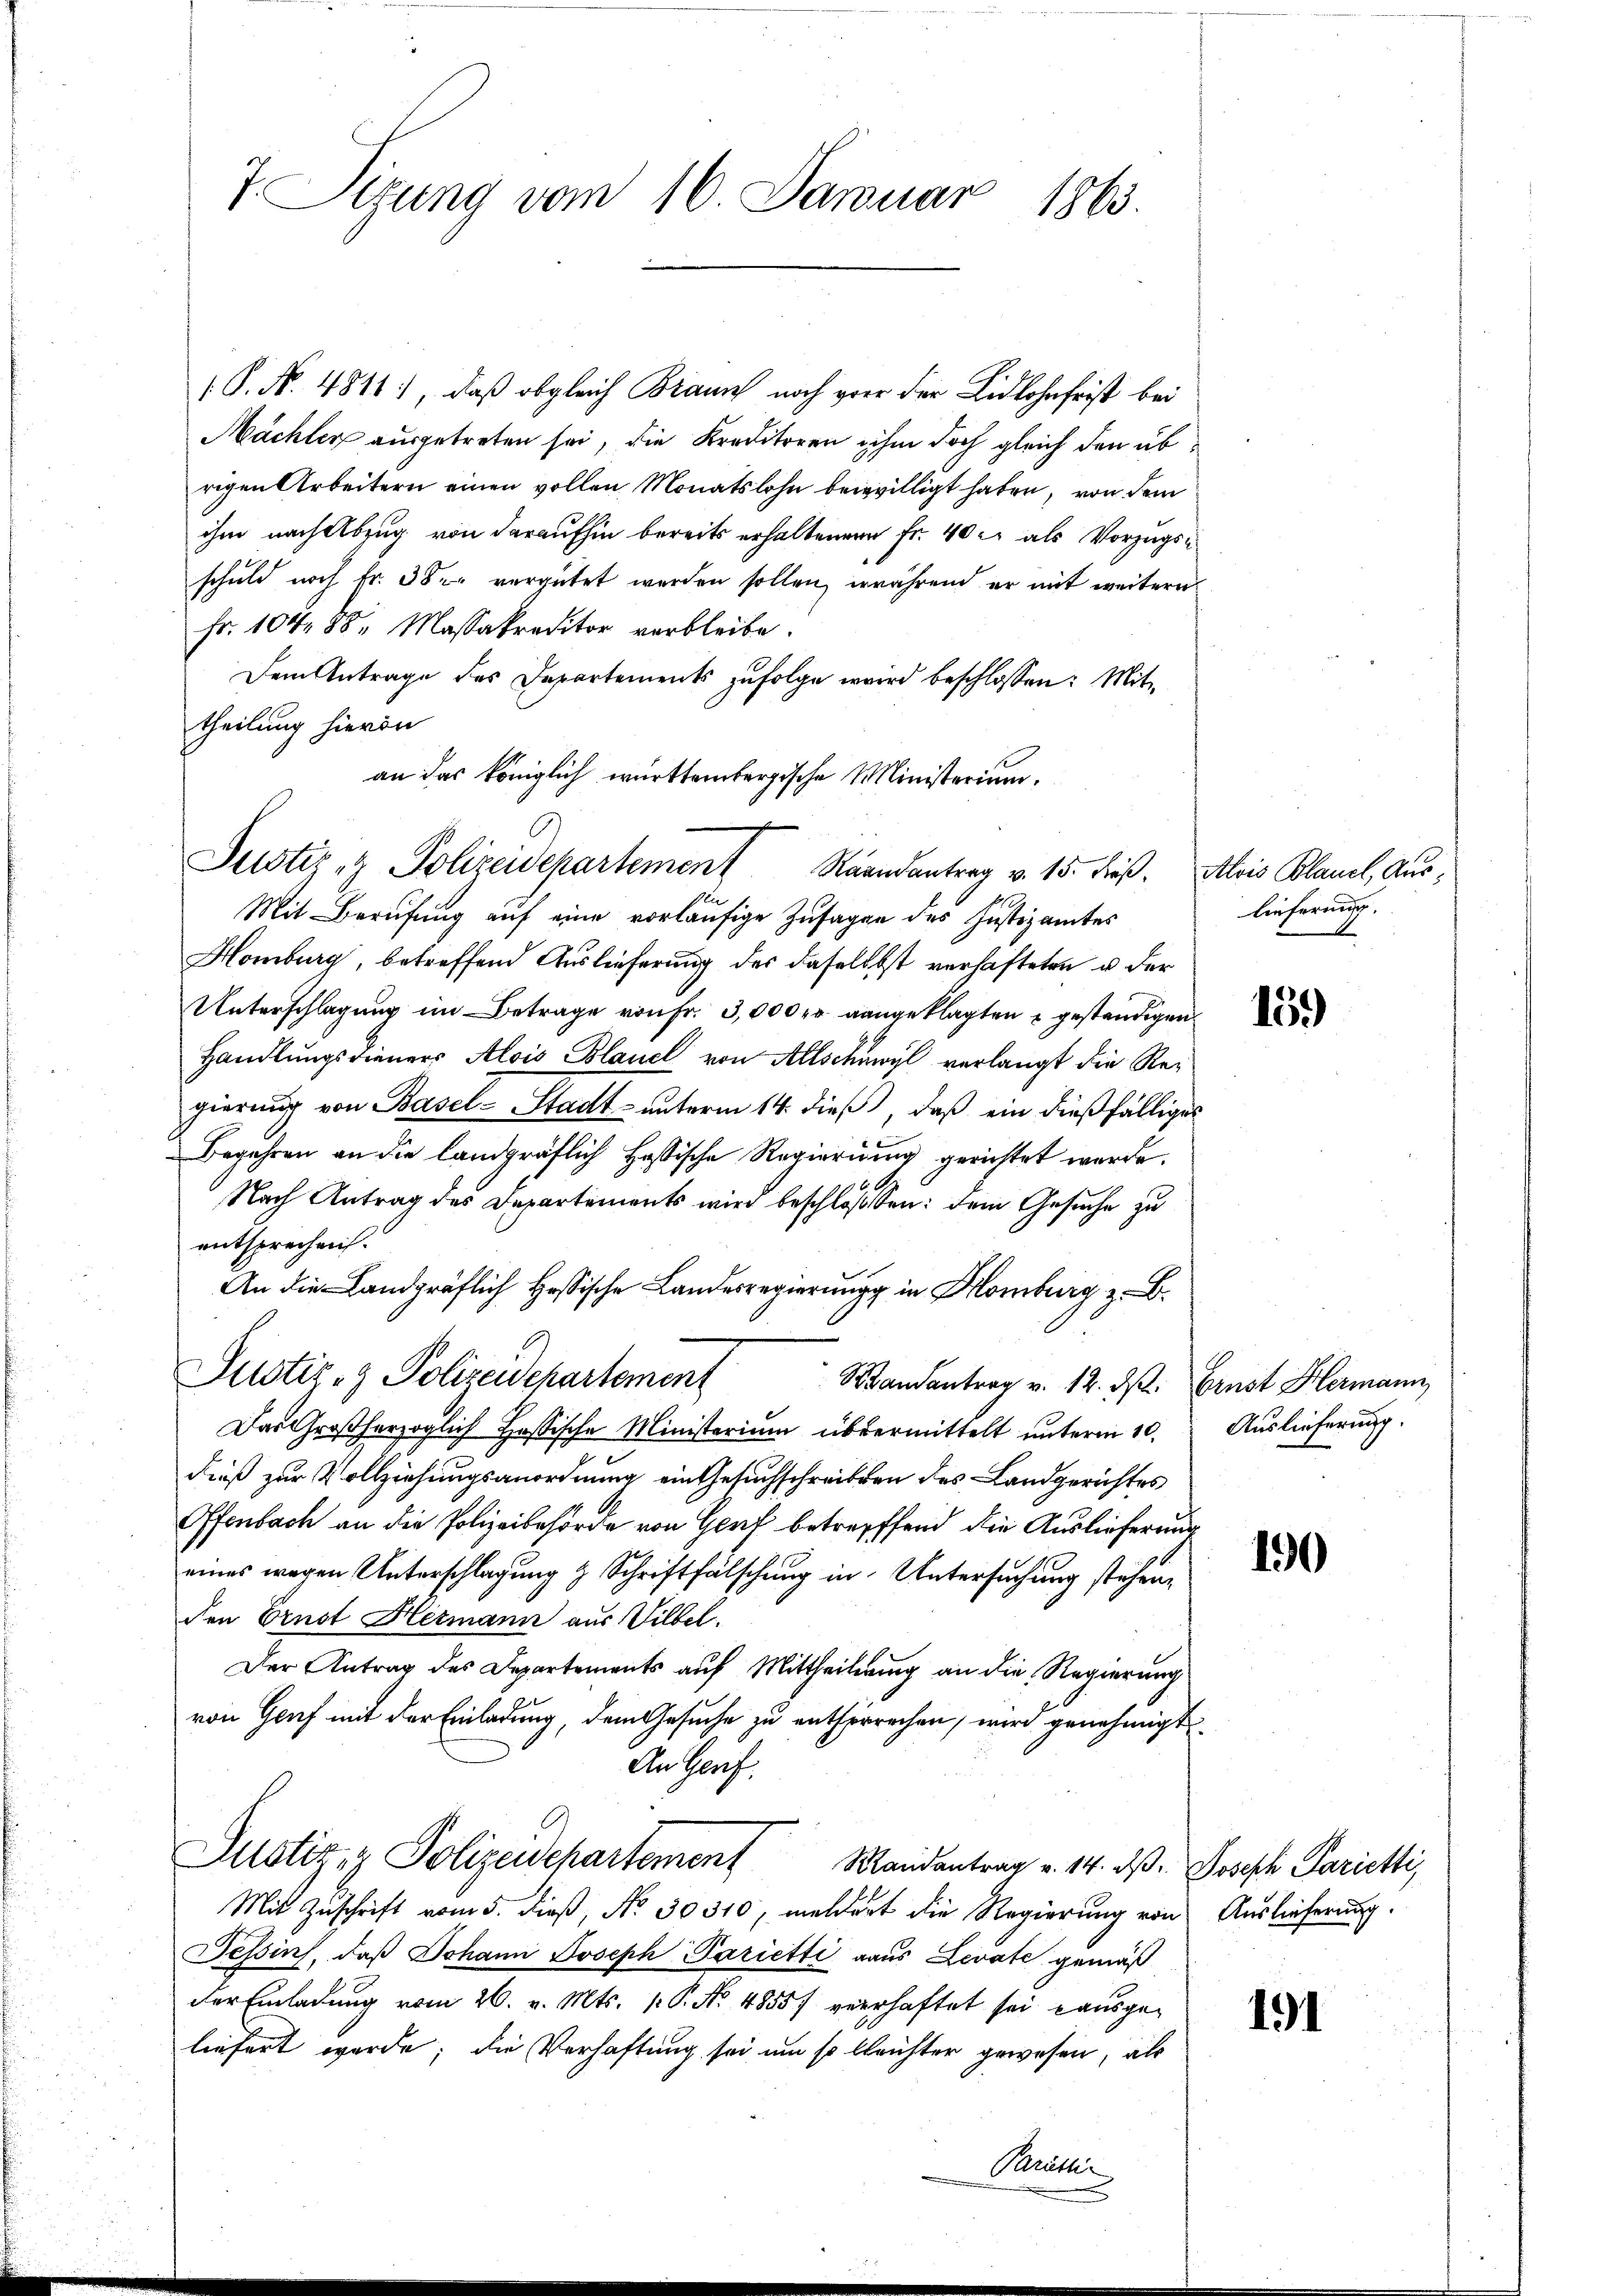
T. Etzung vom 16. Januar 1863.

( P. N. 4811., daß obgleich Braun noch grer der Lidlohnfrist bei
Mächter ausgetreten sei, die Kreditoren ihm doch gleich den übrigen Arbeitern einen vollen Monatslohn beiwilligt haben, von dem
ihm nach Abzug von daraufhin bereits erhaltenen Fr. 40 er als Vorzugsschuld noch Fr. 38 vergütet werden sollen, während er mit weitern
fr. 104, 88, Massakreditor verbleibe.
Dem Antrage des Departements zufolge wird beschlossen: Mit
theilung hievon
an das königlich württembergische Ministerium,
Mit Berufung auf eine vorläufige Zusagen des Justizamtes
Homburg, betreffend Auslieferung der daselbst verhafteten u der
Unterschlagung im Betrage von Fr. 3,000 fr angeklagten geständigen
Handlungsdieners Alois Blauel von Allschawyl verlangt die Regierŭng von Basel-Stadt- unterm 14. dieß, daß ein dießfälliges
Begehren an die landgräflich Hassische Regierung gerichtet werde.
66.
Nach Antrag des Departements wird beschlossen: dem Gesuche zu
entsprechen.
An die Landgräflich Hessische Landesregierung in Homburg z. B.
Justiz- & Polizeidepartement
Randantrag v. 12. ds. Ernst Hermann
Das Großherzoglich Hassische Ministerium übermittelt unterm 10.
dieß zur Vollziehungsanordnung ein Gesuchschreiben des Landgerichtes
Offenbach an die Polizeibehörde von Genf betreffend die Auslieferung
eines wegen Unterschlagung & Schriftfälschung in Untersuchung stehenden Ernst Hermann aus Vilbel.
Der Antrag des Departements auf Mittheilerung an die Regierung
von Genf mit der Einladung, dem Gesuche zu entserrechen, wird genehmigt
An Genf.
Justiz- & Polizeidepartement Mandantrag v. 14. d. Joseph Parichti
Mit Zuschrift vom 5. dieß, No. 30310, meldert die Regierung von Auslieferung.
Tessin, daß Johann Joseph Parietti aus Levate gemäß
der Einladung vom 26. v. Mts. p. P. Nr. 4855/ verhaftet sei ausgeliefert werde; die Verhaftung sei um so bleichter gewesen, als

Justiz- & Polizeidepartement Raandantrag v. 15. dieß. Alois Blauel, Aus¬

A.

lieferender.
A

15.)

Auslieferung.

190

191